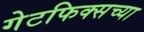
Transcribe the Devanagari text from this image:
गेटफिक्सच्या